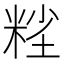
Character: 𱹆